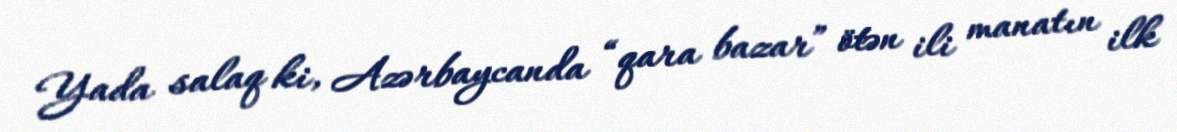
Yada salaq ki, Azərbaycanda “qara bazar” ötən ili manatın ilk